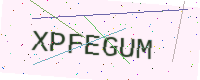
Text: XPFEGUM